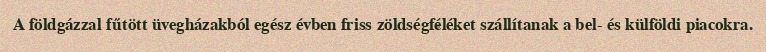
A földgázzal fűtött üvegházakból egész évben friss zöldségféléket szállítanak a bel- és külföldi piacokra.